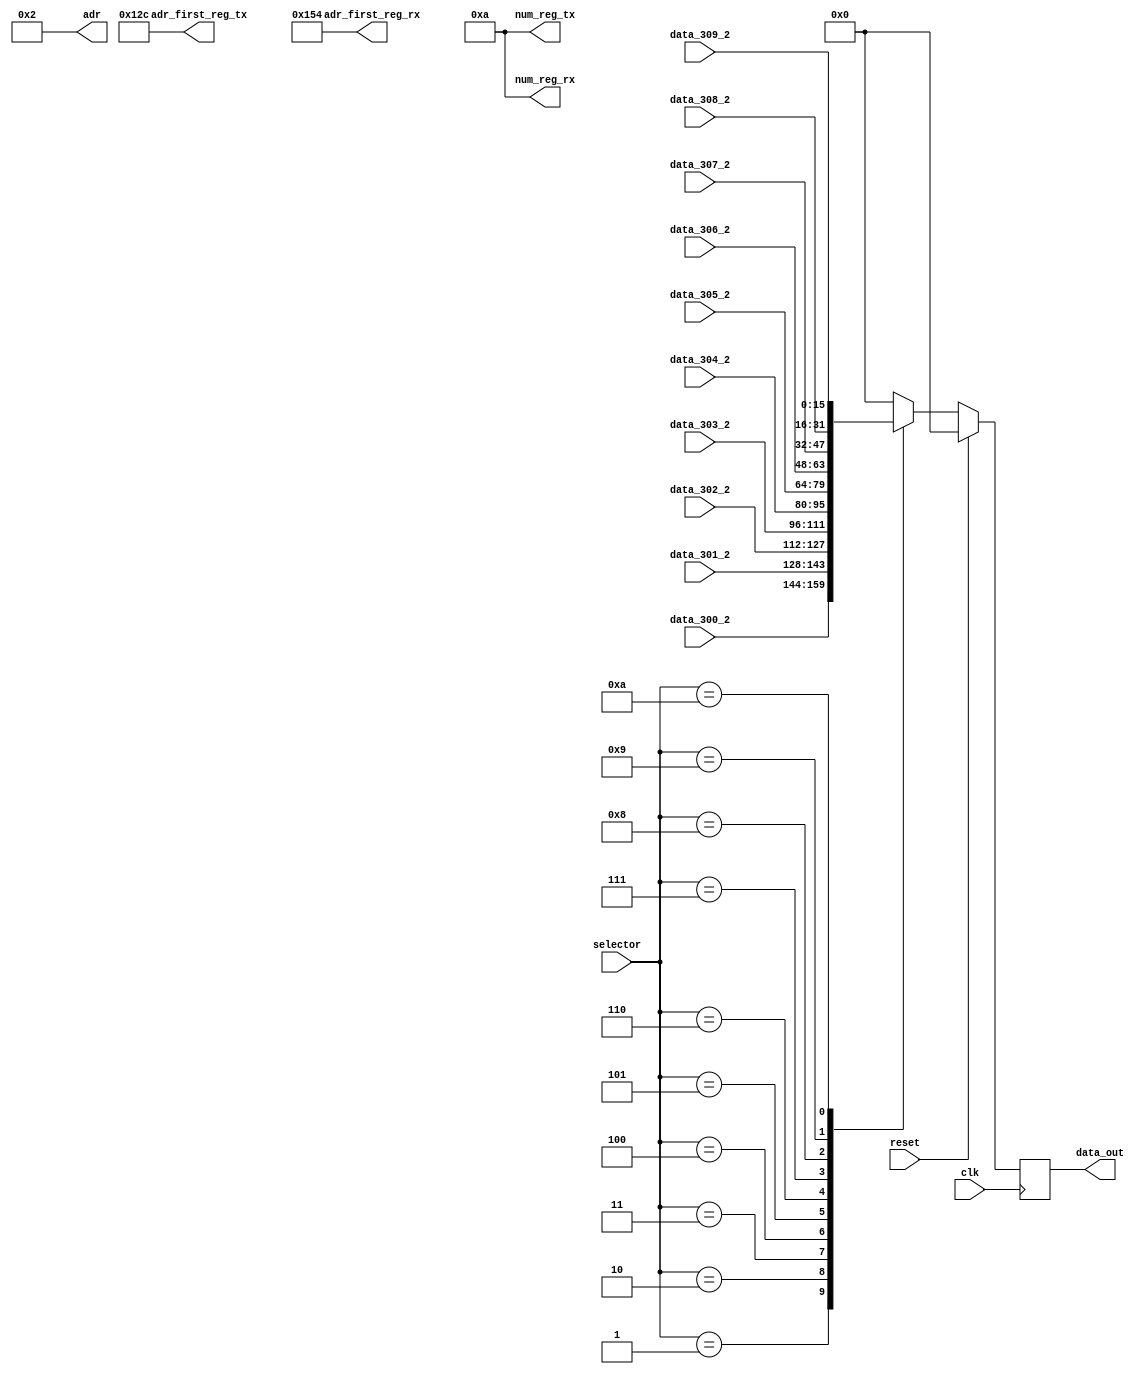
module data_mux_2 (
					input        clk,
					input [7:0]  selector,
					input [15:0] data_300_2,
					input [15:0] data_301_2,
					input [15:0] data_302_2,
					input [15:0] data_303_2,
					input [15:0] data_304_2,
					input [15:0] data_305_2,
					input [15:0] data_306_2,
					input [15:0] data_307_2,
					input [15:0] data_308_2,
					input [15:0] data_309_2,
					input 		 reset,
												output reg [7:0]  adr,
												output reg [15:0] adr_first_reg_tx,
												output reg [7:0]  num_reg_tx,
												output reg [15:0] adr_first_reg_rx,
												output reg [7:0]  num_reg_rx,
												output reg [15:0] data_out
																						);

parameter [7:0]  slave_adr            = 2;
parameter [15:0] adr_first_reg_write  = 300;
parameter [7:0]  num_reg_write		  = 10;
parameter [15:0] adr_first_reg_read   = 340;
parameter [7:0]  num_reg_write_read	  = 10;


initial begin
	data_out         = 16'h0000;
	adr 				  = slave_adr;
	adr_first_reg_tx = adr_first_reg_write;
	num_reg_tx 		  = num_reg_write;
	adr_first_reg_rx = adr_first_reg_read;
	num_reg_rx 		  = num_reg_write_read;
end

always @(posedge clk) begin

	if(reset)
		data_out <= 16'h0000;
	else begin
	
		
		case(selector)

			1: data_out <= data_300_2;

			2: data_out <= data_301_2;

			3: data_out <= data_302_2;

			4: data_out <= data_303_2;

			5: data_out <= data_304_2;

			6: data_out <= data_305_2;

			7: data_out <= data_306_2;

			8: data_out <= data_307_2;

			9: data_out <= data_308_2;

			10: data_out <= data_309_2;

			default: data_out <= 16'h0000;

		endcase

	end

end
endmodule